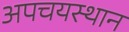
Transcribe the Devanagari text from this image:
अपचयस्थान